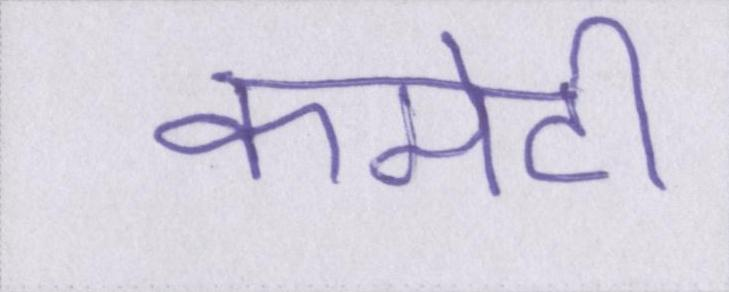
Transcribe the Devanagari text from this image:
कमेटी